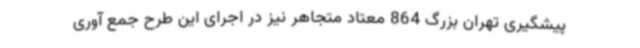
پیشگیری تهران بزرگ 864 معتاد متجاهر نیز در اجرای این طرح جمع آوری